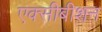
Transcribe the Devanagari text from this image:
एक्सीबीशन